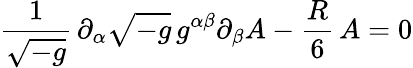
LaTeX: \frac{1}{\sqrt{-g}}\, \partial_{\alpha}\sqrt{-g}\, g^{\alpha\beta}\partial_{\beta}A-\frac{R}{6}\, A=0